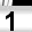
Digit: 1